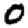
Digit: 0